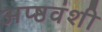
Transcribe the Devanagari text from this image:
अप्ष्ठवंशी